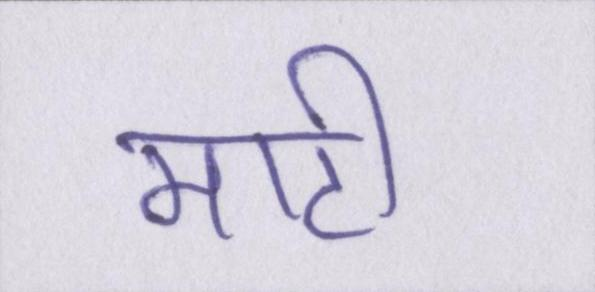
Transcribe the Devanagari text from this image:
माटी